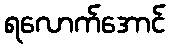
ရလောက်အောင်